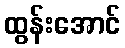
ထွန်းအောင်